Annual administration and progress report of the Indian Medical Department, Bombay
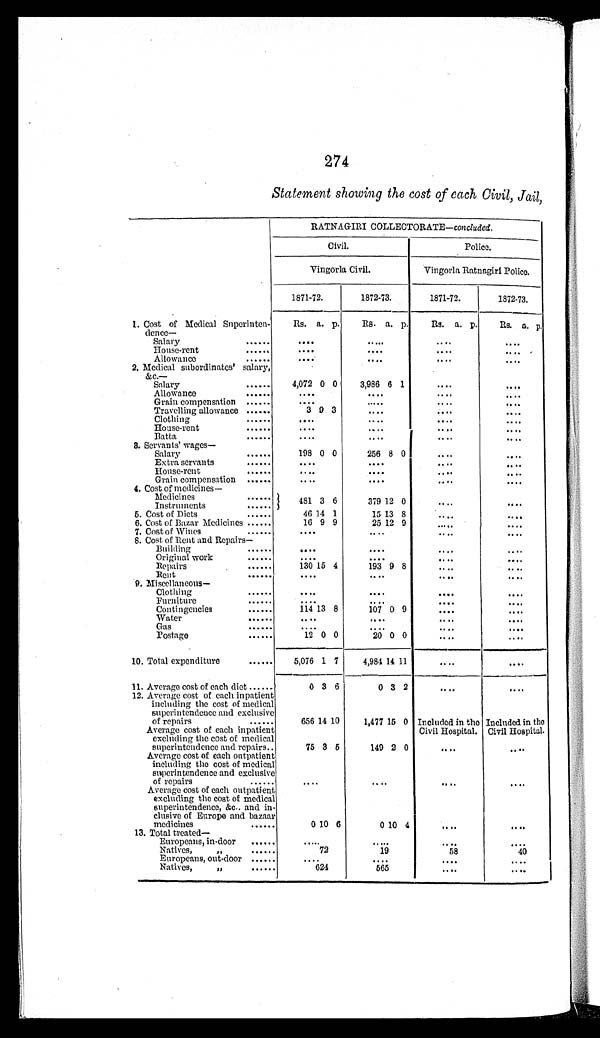
274
Statement showing the cost of each Civil, Jail,
RATNAGIRI COLLECTORATE—c o n c l u d e d .
Civil.
Police.
Vingorla Civil.
Vingorla Ratnagiri Police.
1871-72.
1872-73.
1871-72.
1872-73.
1. Cost of Medical Superinten-
dence—
Rs. a. p.
R s .
a. p.
Rs. a. p. Rs. a. p .
Salary
......
. . . .
. . . .
. . . .
. . . .
House-rent......
. . . .
....
....
. . . .
Allowance
......
....
. . . .
....
....
2. Medical subordinates' salary,
&c.—
Salary
......
4,072 0 0
3,986 6 1
....
. . . .
Allowance
......
....
. . . .
....
. . . .
Grain compensation......
....
.....
....
. . . .
Travelling allowance ......
3 9 3
....
. . . .
....
Clothing
. . . .
....
. . . .
....
House-rent
....
....
. . . .
. . . .
Batta,
....
....
....
. . . .
3. Servants' wages—
Salary
198 0 0
256 8 0
. . . .
. . . .
Extra servants
....
....
. . . .
. . . .
House-rent
....
....
....
. . . .
Grain compensation
....
....
. . . .
. . . .
4. Cost of medicines—
Medicines
481 3 6
379 12 0
. . . .
. . . .
Instruments
5. Cost of Diets
46 14 1
15 13 8
. . . .
. . . .
6. Cost of Bazar Medicines
16 9 9
25 12 9
. . . .
....
7. Cost of Wines
....
....
....
. . . .
8. Cost of Rent and Repairs—
Building
....
....
. . . .
Original work
....
....
. . . .
....
Repairs
130 15 4
193 9 8
....
. . . .
Rent
....
....
. . . .
....
9. Miscellaneous—
Clothing
. . . .
....
. . . .
. . . .
Furniture
....
....
. . . .
. . . .
Contingencies
.....
114 13 8
107 0 9
. . . .
....
Water
....
. . . .
. . . .
. . . .
Gas
....
....
....
. . . .
Postage
12 0 0
20 0 0
....
. . . .
10. Total expenditure
5,076 1 7
4,984 14 11
....
. . . .
11. Average cost of each diet
0 3 6
0 3 2
. . . .
. . . .
12. Average cost of each inpatient
including the cost of medical
superintendence and exclusive
of repairs
656 14 10
1,477 15 0 Included in the
Civil Hospital.
Included in the
Civil Hospital.
Average cost of each inpatient
excluding the cost of medical
superintendence and repairs
75 3 6
149 2 0
Average cost of each outpatient
including the cost of medical
superintendence and exclusive
of repairs
....
. . . .
....
. . . .
Average cost of each outpatient
excluding the cost of medical
superintendence, &c. and in-
clusive of Europe and bazaar
medicines
0 10 6
0 10 4
. . . .
. . . .
13. Total treated—
Europeans, in-door
.....
....
. . . .
. . . .
Natives, ”
72
19
58
40
Europeans, out-door
. . . .
. . . .
. . . .
. . . .
Natives,
624
565
. . . .
. . . .